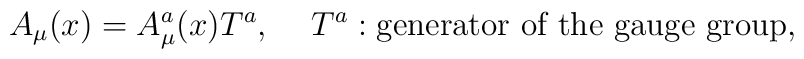
A_\mu(x)=A^a_\mu(x)T^a,\hspace{5mm}T^a:\mbox{\rm generator of the gauge group},